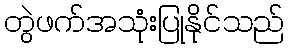
တွဲဖက်အသုံးပြုနိုင်သည်